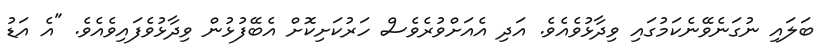
ބަލައި ނުގަނެވޭނެކަމުގައި ވިދާޅުވެއެވެ. އަދި އެއަށްވުރެވެސް ހަރުކަށިކޮށް އެބޭފުޅުން ވިދާޅުވެފައިވެއެވެ. "އެ އަޑު